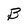
Character: B